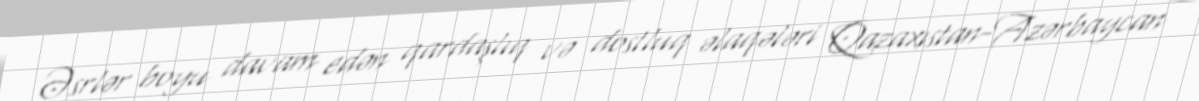
Əsrlər boyu davam edən qardaşlıq və dostluq əlaqələri Qazaxıstan-Azərbaycan